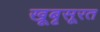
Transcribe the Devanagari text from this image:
खूबृसूरत